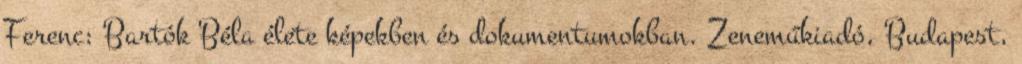
Ferenc: Bartók Béla élete képekben és dokumentumokban. Zeneműkiadó, Budapest,